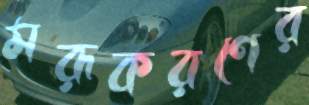
মরূকরণের